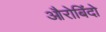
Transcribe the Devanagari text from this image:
औरोबिंदो